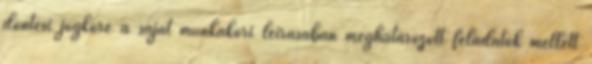
döntési jogköre a saját munkaköri leírásában meghatározott feladatok mellett